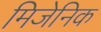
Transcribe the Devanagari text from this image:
मिजेनिक